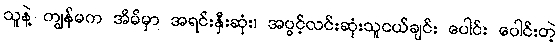
သူနဲ့ ကျွန်မက အိမ်မှာ အရင်းနှီးဆုံး၊ အပွင့်လင်းဆုံးသူငယ်ချင်း ပေါင်း ပေါင်းတဲ့